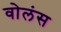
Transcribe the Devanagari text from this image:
वोलंस